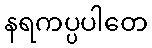
နရကပ္ပပါတေ